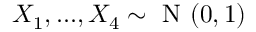
X _ { 1 } , . . . , X _ { 4 } \sim { \textrm { N } } ( 0 , 1 )